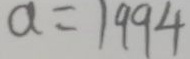
a = 1 9 9 4